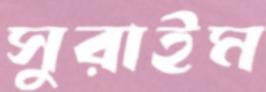
সুরাইম